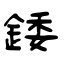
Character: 錗